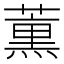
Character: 𮑜